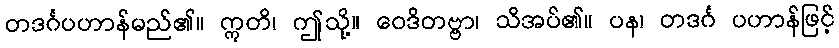
တဒင်္ဂပဟာန်မည်၏။ ဣတိ၊ ဤသို့။ ဝေဒိတဗ္ဗာ၊ သိအပ်၏။ ပန၊ တဒင်္ဂ ပဟာန်ဖြင့်